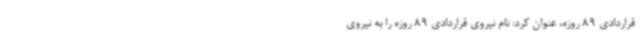
قراردادی 89 روزه، عنوان کرد: نام نیروی قراردادی 89 روزه را به نیروی